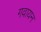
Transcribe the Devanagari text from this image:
गवायन